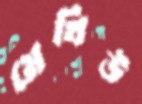
মেথিউ